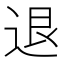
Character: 退